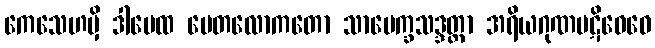
ကေသေဟမှိ ဒါပေထ ပေတလောကတော သာပေက္ခသဒ္ဒတ္တာ အရိယဂုဏပဋိဝေဓေ